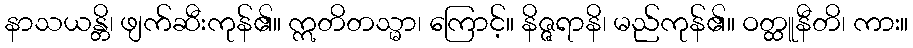
နာသယန္တိ၊ ဖျက်ဆီးကုန်၏။ ဣတိတသ္မာ၊ ကြောင့်။ နိဇ္ဇရာနိ၊ မည်ကုန်၏။ ဝတ္ထူနီတိ၊ ကား။